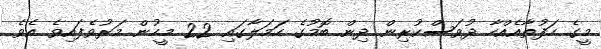
މީގެ ހަފުތާއެއްހާ ދުވަސްކުރިން ދިން ބޮމުގެ ހަމަލާގައި 22 މީހުން މަރުވެފައިވެ އެވެ.